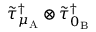
\widetilde { \tau } _ { \mu _ { \mathrm { A } } } ^ { \dagger } \otimes \widetilde { \tau } _ { 0 _ { \mathrm { B } } } ^ { \dagger }